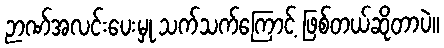
ဉာဏ်အလင်းပေးမှု သက်သက်ကြောင့် ဖြစ်တယ်ဆိုတာပဲ။